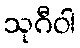
သုဂီဝါ